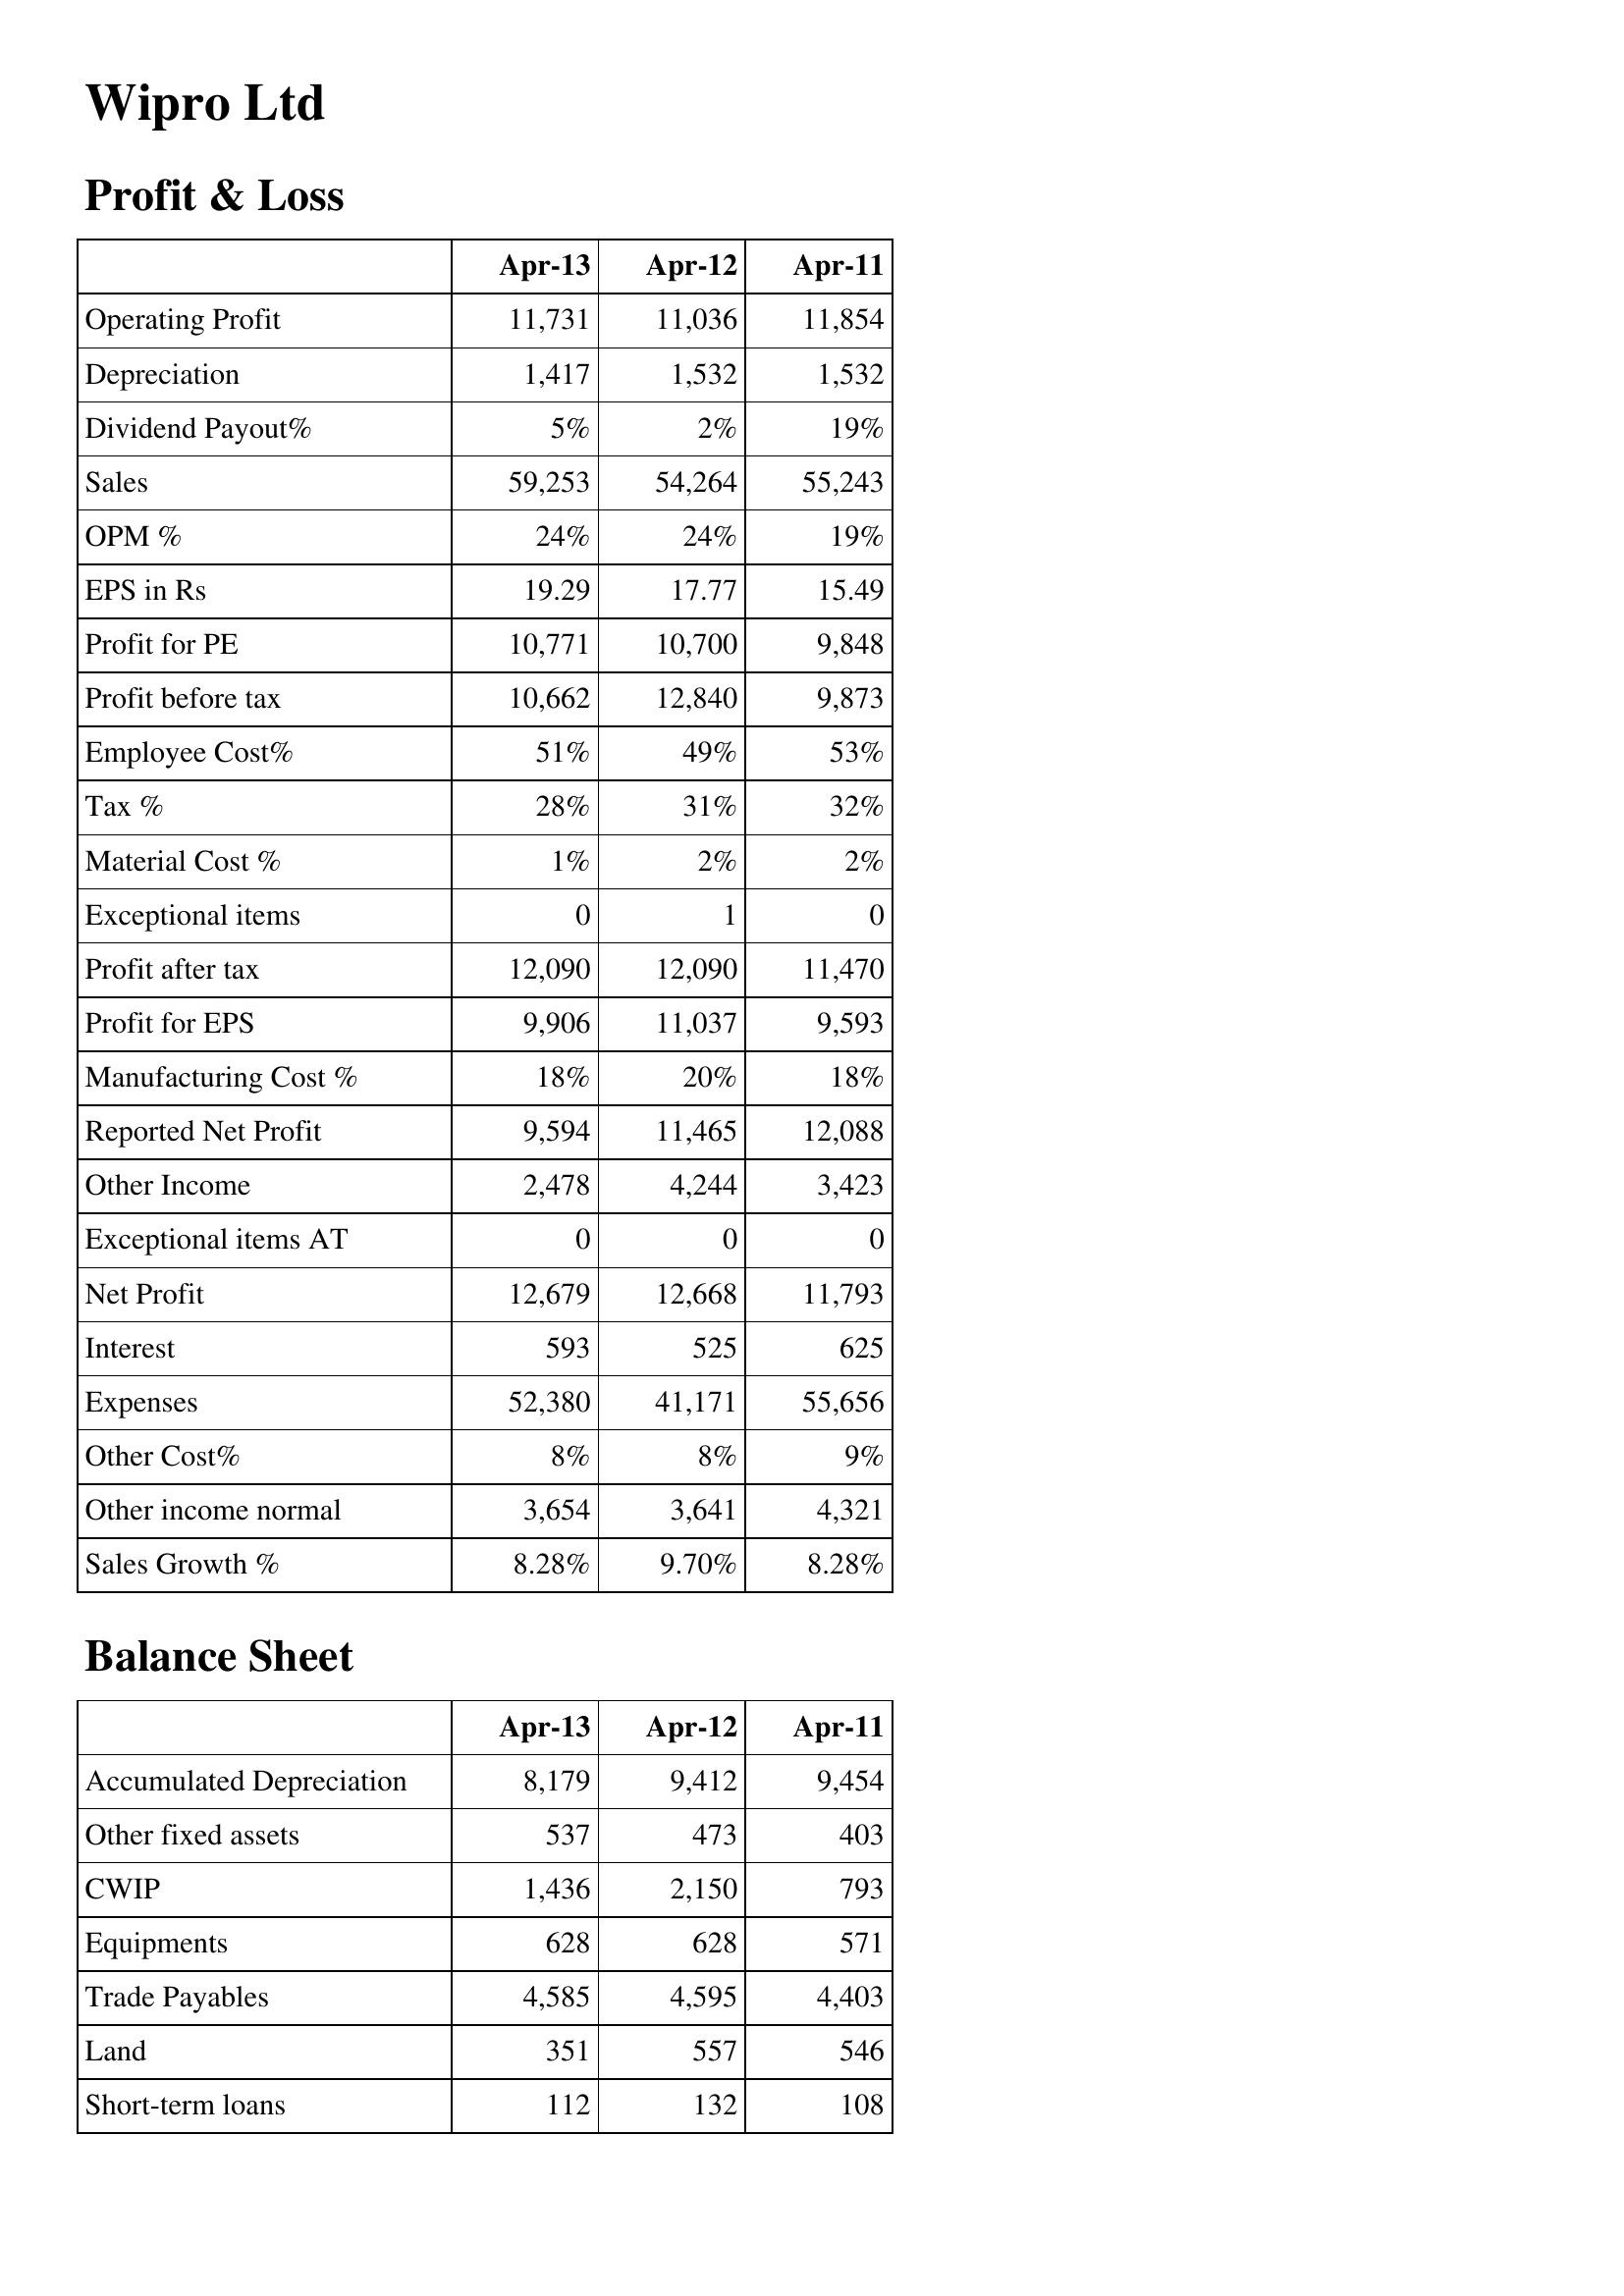
Apr-13: Profit & Loss: Operating Profit: 11,731
Depreciation: 1,417
Dividend Payout%: 5%
Sales: 59,253
OPM %: 24%
EPS in Rs: 19.29
Profit for PE: 10,771
Profit before tax: 10,662
Employee Cost%: 51%
Tax %: 28%
Material Cost %: 1%
Exceptional items: 0
Profit after tax: 12,090
Profit for EPS: 9,906
Manufacturing Cost %: 18%
Reported Net Profit: 9,594
Other Income: 2,478
Exceptional items AT: 0
Net Profit: 12,679
Interest: 593
Expenses: 52,380
Other Cost%: 8%
Other income normal: 3,654
Sales Growth %: 8.28%
Balance Sheet: Accumulated Depreciation: 8,179
Other fixed assets: 537
CWIP: 1,436
Equipments: 628
Trade Payables: 4,585
Land: 351
Short-term loans: 112
Apr-12: Profit & Loss: Operating Profit: 11,036
Depreciation: 1,532
Dividend Payout%: 2%
Sales: 54,264
OPM %: 24%
EPS in Rs: 17.77
Profit for PE: 10,700
Profit before tax: 12,840
Employee Cost%: 49%
Tax %: 31%
Material Cost %: 2%
Exceptional items: 1
Profit after tax: 12,090
Profit for EPS: 11,037
Manufacturing Cost %: 20%
Reported Net Profit: 11,465
Other Income: 4,244
Exceptional items AT: 0
Net Profit: 12,668
Interest: 525
Expenses: 41,171
Other Cost%: 8%
Other income normal: 3,641
Sales Growth %: 9.70%
Balance Sheet: Accumulated Depreciation: 9,412
Other fixed assets: 473
CWIP: 2,150
Equipments: 628
Trade Payables: 4,595
Land: 557
Short-term loans: 132
Apr-11: Profit & Loss: Operating Profit: 11,854
Depreciation: 1,532
Dividend Payout%: 19%
Sales: 55,243
OPM %: 19%
EPS in Rs: 15.49
Profit for PE: 9,848
Profit before tax: 9,873
Employee Cost%: 53%
Tax %: 32%
Material Cost %: 2%
Exceptional items: 0
Profit after tax: 11,470
Profit for EPS: 9,593
Manufacturing Cost %: 18%
Reported Net Profit: 12,088
Other Income: 3,423
Exceptional items AT: 0
Net Profit: 11,793
Interest: 625
Expenses: 55,656
Other Cost%: 9%
Other income normal: 4,321
Sales Growth %: 8.28%
Balance Sheet: Accumulated Depreciation: 9,454
Other fixed assets: 403
CWIP: 793
Equipments: 571
Trade Payables: 4,403
Land: 546
Short-term loans: 108